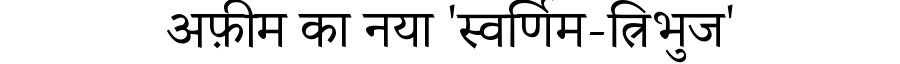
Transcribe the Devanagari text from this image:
अफ़ीम का नया 'स्वर्णिम-त्रिभुज'